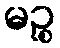
မဉ္စ